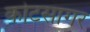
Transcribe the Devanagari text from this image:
कोटसागर